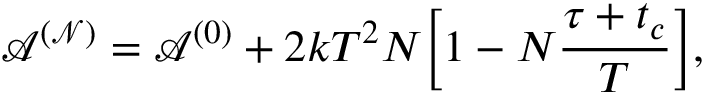
\mathcal { A ^ { ( N ) } } = \mathcal { A } ^ { ( 0 ) } + 2 k T ^ { 2 } N \Big [ 1 - N \frac { \tau + t _ { c } } { T } \Big ] ,